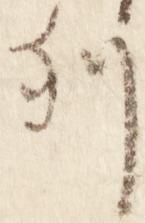
列